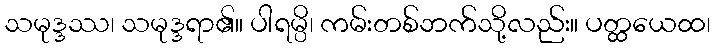
သမုဒ္ဒဿ၊ သမုဒ္ဒရာ၏။ ပါရမ္ပိ၊ ကမ်းတစ်ဘက်သို့လည်း။ ပတ္ထယေထ၊